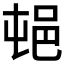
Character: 𰻣